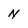
Character: N